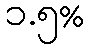
၁.၅%